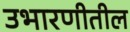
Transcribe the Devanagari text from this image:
उभारणीतील